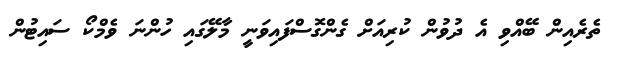
ތެރެއިން ބޭއްވި އެ ދުވުން ކުރިއަށް ގެންގޮސްފައިވަނީ މާލޭގައި ހުންނަ ވެމްކޯ ސައިޓުން